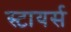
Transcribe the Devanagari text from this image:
स्टायर्स